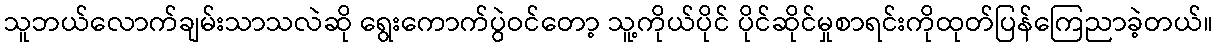
သူဘယ်လောက်ချမ်းသာသလဲဆို ရွေးကောက်ပွဲဝင်တော့ သူ့ကိုယ်ပိုင် ပိုင်ဆိုင်မှုစာရင်းကိုထုတ်ပြန်ကြေညာခဲ့တယ်။